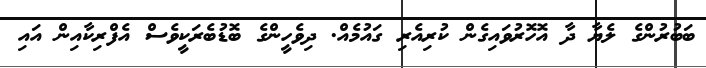
ބަބުރުންގެ ލެޔާ ދާ އޮހޮރުވައިގެން ކުރިއެރި ގައުމެއް. ދިވެހީންގެ ބޮޑުބެރަކީވެސް އެފްރިކާއިން އައި